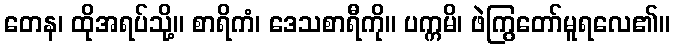
တေန၊ ထိုအရပ်သို့။ စာရိကံ၊ ဒေသစာရီကို။ ပက္ကမိ၊ ဖဲကြွတော်မူရလေ၏။